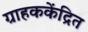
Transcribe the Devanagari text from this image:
ग्राहककेंद्रित